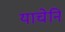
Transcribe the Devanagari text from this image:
याचेनि